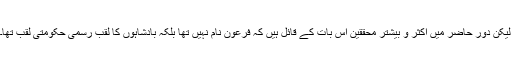
لیکن دورِ حاضر میں اکثر و بیشتر محققین اس بات کے قائل ہیں کہ فرعون نام نہیں تھا بلکہ بادشاہوں کا لقب رسمی حکومتی لقب تھا۔